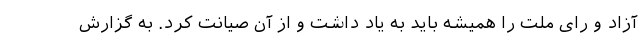
آزاد و رای ملت را همیشه باید به یاد داشت و از آن صیانت کرد. به گزارش